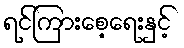
ရင်ကြားစေ့ရေးနှင့်